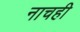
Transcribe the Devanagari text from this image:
नाचही